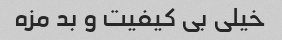
خیلی بی کیفیت و بد مزه